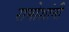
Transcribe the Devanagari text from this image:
रामोशांनी